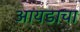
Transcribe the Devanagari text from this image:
आयडाचा